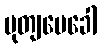
မုတျပေခေါ